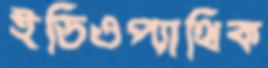
ইডিওপ্যাথিক